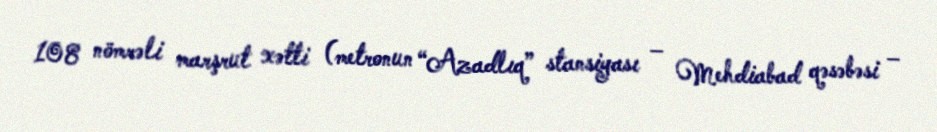
108 nömrəli marşrut xətti (metronun “Azadlıq” stansiyası – Mehdiabad qəsəbəsi –